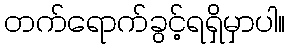
တက်ရောက်ခွင့်ရရှိမှာပါ။